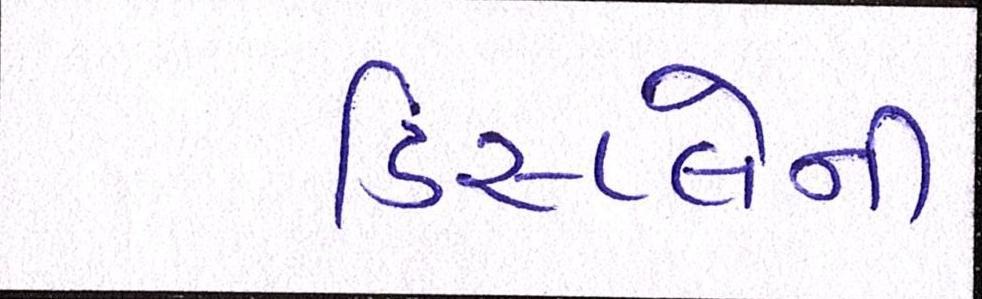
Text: ડિસ્પ્લેની